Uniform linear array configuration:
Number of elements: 48
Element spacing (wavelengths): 1
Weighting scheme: hamming
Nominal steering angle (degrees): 60
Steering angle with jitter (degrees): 59.916
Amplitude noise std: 0.05
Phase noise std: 0.05

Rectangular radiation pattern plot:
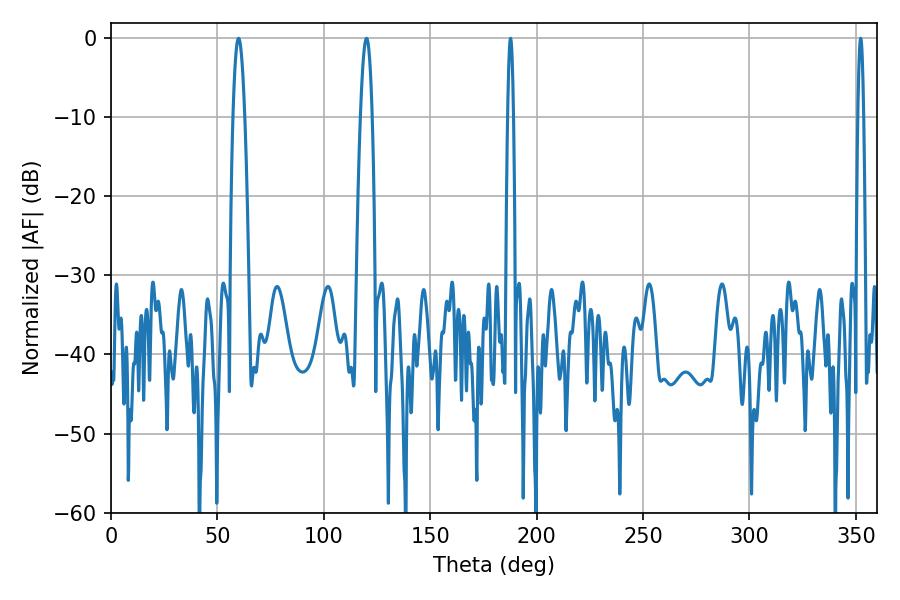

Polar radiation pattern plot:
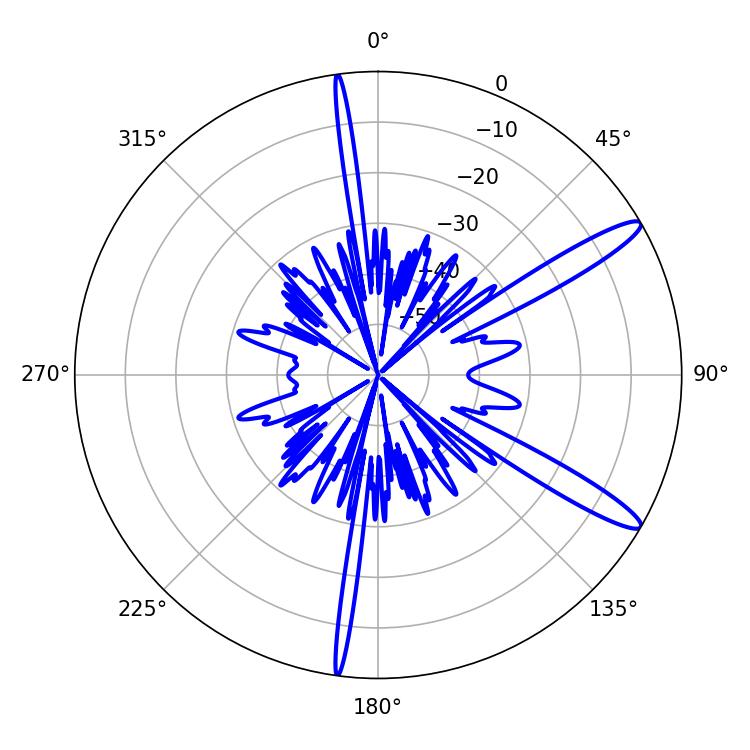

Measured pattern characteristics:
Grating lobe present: TRUE
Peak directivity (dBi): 13.355
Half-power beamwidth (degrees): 1.44
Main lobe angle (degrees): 187.74